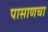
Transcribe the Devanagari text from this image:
पासाणचा